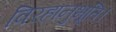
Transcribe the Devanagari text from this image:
विरहानुभूति।